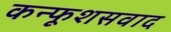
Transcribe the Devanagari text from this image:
कन्फूशसवाद